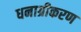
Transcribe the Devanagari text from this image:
धनाग्रीकरण